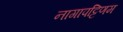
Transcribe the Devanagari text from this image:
नागापट्टिणम